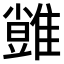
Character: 𩀙